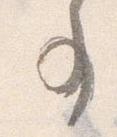
事